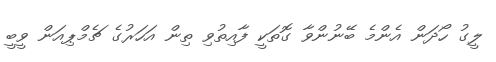
ލީގު ހޯދަން އެންމެ ބޭނުންވާ ގޮތަކީ ފާއިތުވި ތިން އަހަރުގެ ޗެމްޕިއަން ވީބީ